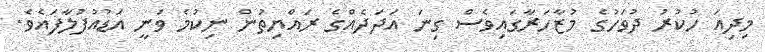
މިދިއަ ހުކުރު ދުވަހުގެ މުޒާހަރާގައިވެސް ގިނަ އަދަދެއްގެ ރައްޔިތުން ނިކުމެ ވަނީ އަޑުއުފުލާފައެވެ.